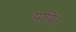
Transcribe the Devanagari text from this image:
पायि।